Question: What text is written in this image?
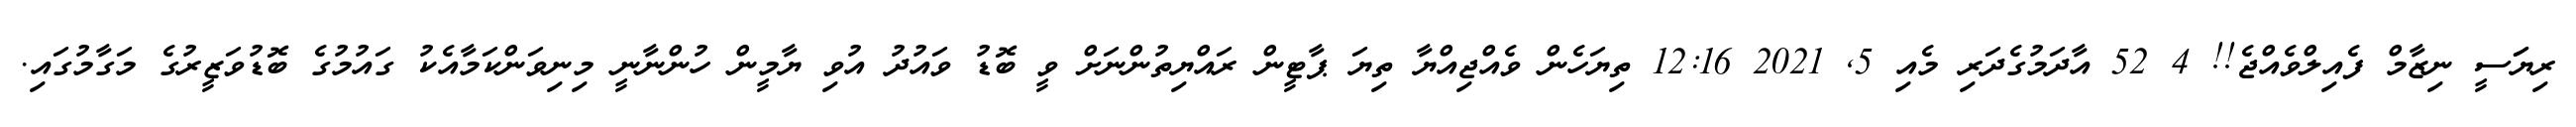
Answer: ރިޔަަސީ ނިޒާމް ފެއިލްވެއްޖެ!! 4 52 އާދަމުގެދަރި މެއި 5, 2021 12:16 ތިޔަހެން ވެއްޖިއްޔާ ތިޔަ ޕާޓީން ރައްޔިތުންނަށް ވީ ބޮޑު ވައުދު އުވި ޔާމީން ހުންނާނީ މިނިވަންކަމާއެކު ގައުމުގެ ބޮޑުވަޒީރުގެ މަގާމުގައި.